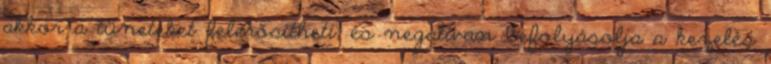
akkor a tüneteket felerősítheti, és negatívan befolyásolja a kezelés